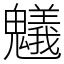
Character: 䰮